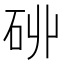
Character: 𮀑